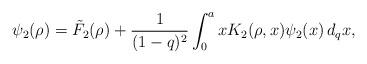
LaTeX: \begin{align*}\psi_2(\rho)=\tilde{F}_2(\rho)+\frac{1}{(1-q)^2}\int_{0}^{a} x K_2(\rho,x)\psi_2(x)\,d_qx,\end{align*}